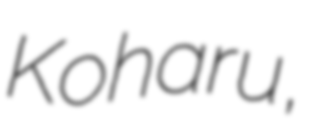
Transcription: Koharu,